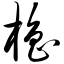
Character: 橹